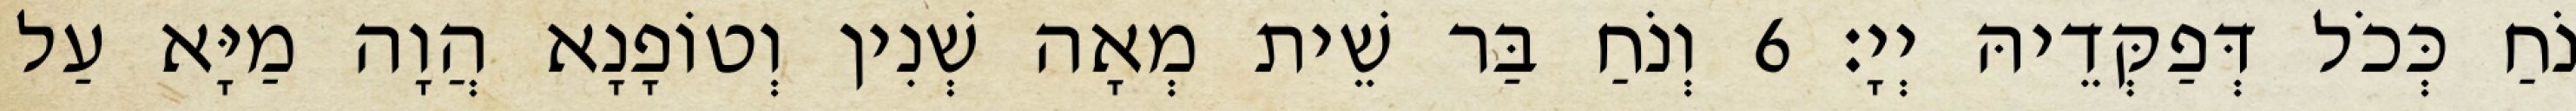
נֹחַ כְּכֹל דְּפַקְּדֵיהּ יְיָ׃ 6 וְנֹחַ בַּר שֵׁית מְאָה שְׁנִין וְטוֹפָנָא הֲוָה מַיָּא עַל